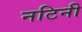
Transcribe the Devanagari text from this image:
नटिनी